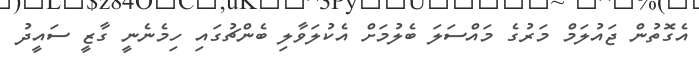
އެގޮތުން ޖައުލަމް މަރުގެ މައްސަލަ ބެލުމަށް އެކުލަވާލި ބެންޗުގައި ހިމެނެނީ ގާޒީ ސައީދު